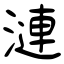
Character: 漣